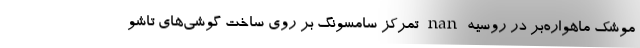
موشک ماهواره‌بر در روسیه nan تمرکز سامسونگ بر روی ساخت گوشی‌های تاشو